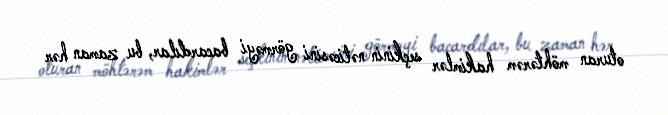
oturan möhtərəm hakimlər seçkinin nəticəsini görməyi bacardılar, bu zaman hər